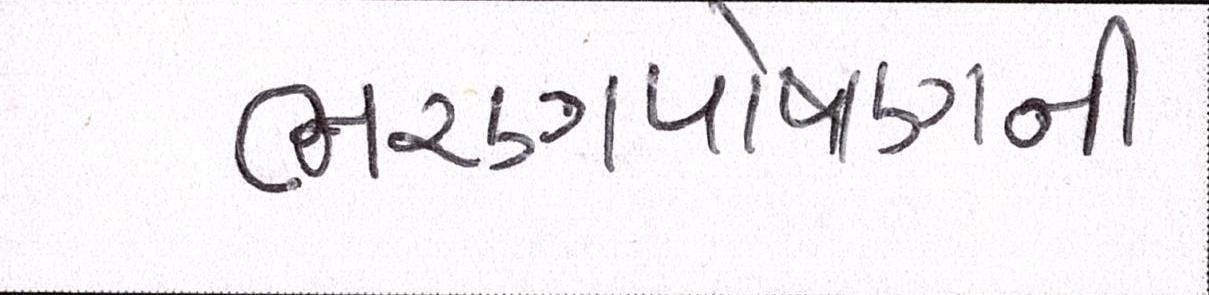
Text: ભરણપોષણની